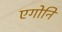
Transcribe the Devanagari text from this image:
एगोनि